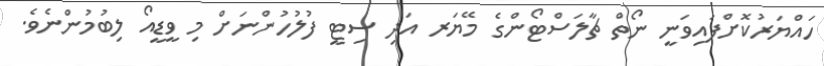
ހައްޔަރުކޮށްފައިވަނީ ނޯތް ޗާލަސްޓޯންގެ މޭޔަރ އަދި ސިޓީ ފުލުހުންނަށް މި ވީޑީއޯ ލިބުމުންނެވެ.